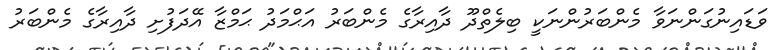
ވަޑައިނުގަންނަވާ މެންބަރުންނަކީ ބިލެތްދޫ ދާއިރާގެ މެންބަރު އަޙްމަދު ޙަމްޒާ އޭދަފުށި ދާއިރާގެ މެންބަރު